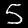
Label: 5